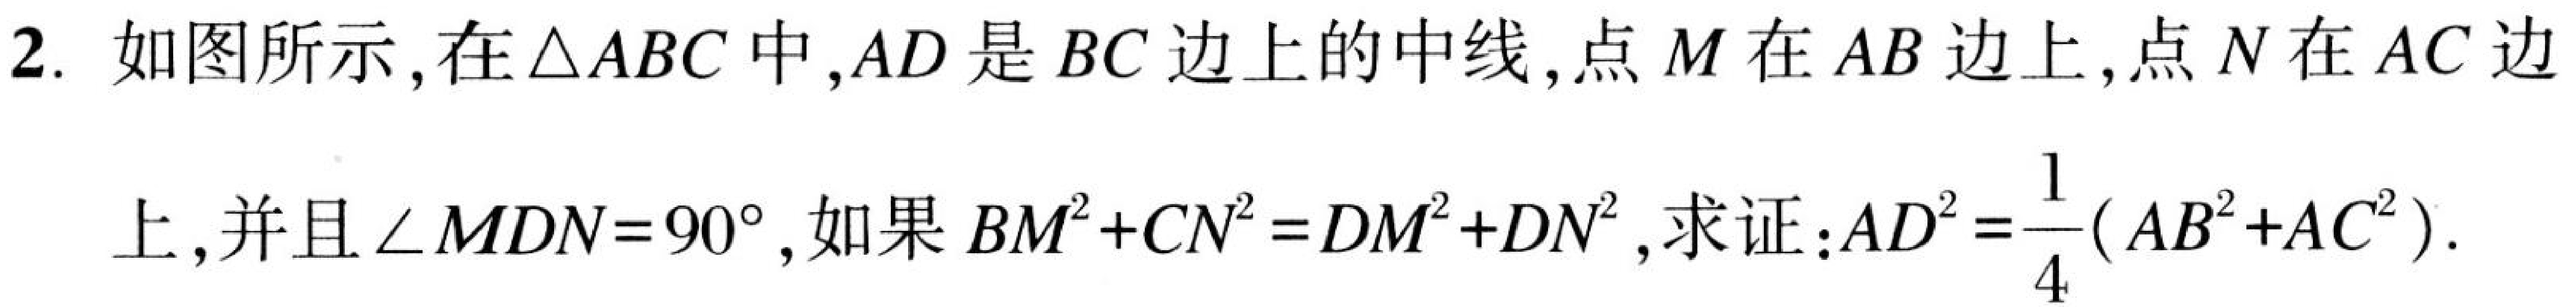
2. 如图所示,在$\triangle ABC$中,$AD$是$BC$边上的中线,点$M$在$AB$边上,点$N$在$AC$边
上,并且$\angle MDN = 90^{\circ}$,如果$BM^{2}+CN^{2}=DM^{2}+DN^{2}$,求证:$AD^{2}=\dfrac{1}{4}(AB^{2}+AC^{2})$.